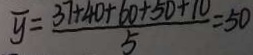
\overline { y } = \frac { 3 7 + 4 0 + 6 0 + 5 0 + 1 0 } { 5 } = 5 0